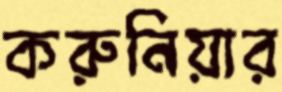
করুনিয়ার